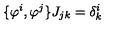
\{ \varphi ^ { i } , \varphi ^ { j } \} J _ { j k } = \delta _ { k } ^ { i }